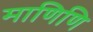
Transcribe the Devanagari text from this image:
माणिणि